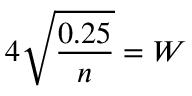
4 { \sqrt { \frac { 0 . 2 5 } { n } } } = W